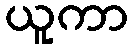
ယူကာ